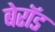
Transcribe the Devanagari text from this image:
बेरॉड